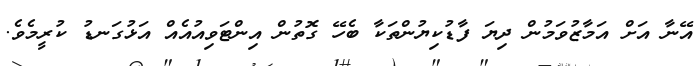
އޭނާ އަށް އަމާޒުވަމުން ދިޔަ ފާޑުކިޔުންތަކާ ބެހޭ ގޮތުން އިންޓަވިއުއެއް އަޅުގަނޑު ކުރީމެވެ.